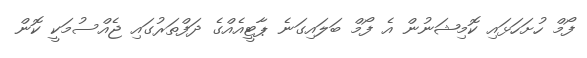
ފޯމް ހުށަހަޅައި ކޮމިޝަނުން އެ ފޯމް ބަލައިގަނެ ޕާޓީއެއްގެ ދަފްތަރުގައި ޖެއްސުމަކީ ކޮން